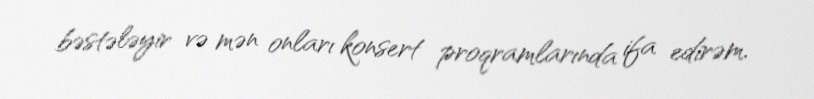
bəstələyir və mən onları konsert proqramlarında ifa edirəm.